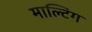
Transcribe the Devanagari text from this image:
माल्टिंग